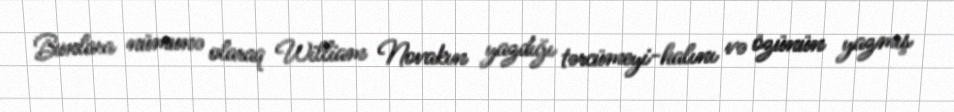
Bunlara nümunə olaraq William Novakın yazdığı tərcümeyi-halını və özünün yazmış